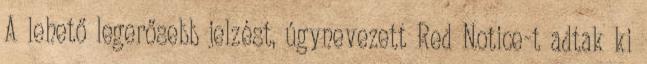
A lehető legerősebb jelzést, úgynevezett Red Notice-t adtak ki